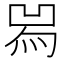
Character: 𤉡